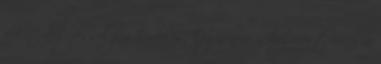
elköteleződéssel jár. Érdekes, hogy nem nehéz most erről a